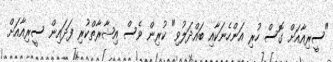
"ސީރިއާއަށް ގޮސް ހުރި އަންހެނަކާއި ބައްދަލުވި" ކުރިން ވެސް އިޝާރާތްކުރި ފަދައިން ސީރިއާއަށް